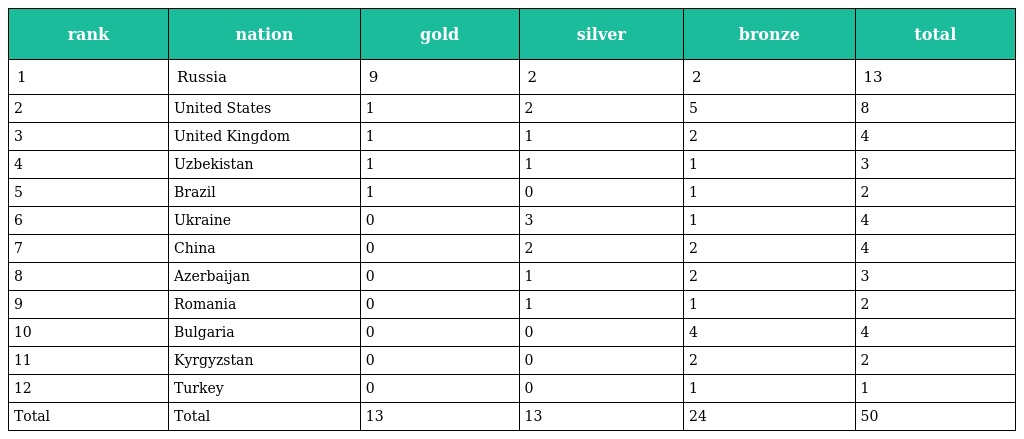
| rank | nation | gold | silver | bronze | total |
 | --- | --- | --- | --- | --- | --- |
 | 1 | Russia | 9 | 2 | 2 | 13 |
 | 2 | United States | 1 | 2 | 5 | 8 |
 | 3 | United Kingdom | 1 | 1 | 2 | 4 |
 | 4 | Uzbekistan | 1 | 1 | 1 | 3 |
 | 5 | Brazil | 1 | 0 | 1 | 2 |
 | 6 | Ukraine | 0 | 3 | 1 | 4 |
 | 7 | China | 0 | 2 | 2 | 4 |
 | 8 | Azerbaijan | 0 | 1 | 2 | 3 |
 | 9 | Romania | 0 | 1 | 1 | 2 |
 | 10 | Bulgaria | 0 | 0 | 4 | 4 |
 | 11 | Kyrgyzstan | 0 | 0 | 2 | 2 |
 | 12 | Turkey | 0 | 0 | 1 | 1 |
 | Total | Total | 13 | 13 | 24 | 50 |